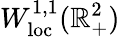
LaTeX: W_{\mathrm{loc}}^{1,1}(\mathbb{R}_{+}^{2})